Scientific memoirs by medical officers of the Army of India - Part XII,
Year: 1901
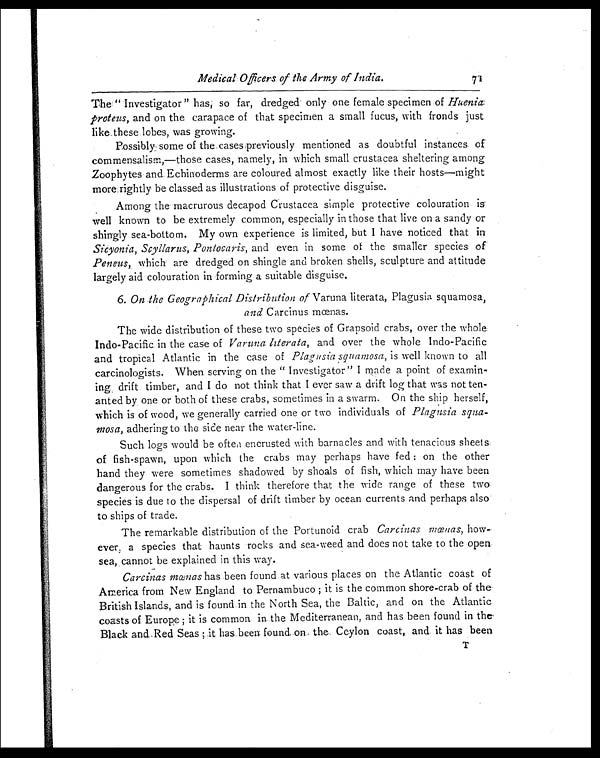
Medical Officers of the Army of India. 7 1
The "Investigator" has, so far, dredged only one female specimen of Huenia
proteus, and on the carapace of that specimen a small fucus, with fronds just
like these lobes, was growing.
Possibly some of the cases previously mentioned as doubtful instances of
commensalism,—those cases, namely, in which small crustacea sheltering among
Zoophytes and Echinoderms are coloured almost exactly like their hosts—might
more rightly be classed as illustrations of protective disguise.
Among the macrurous decapod Crustacea simple protective colouration is
well known to be extremely common, especially in those that live on a sandy or
shingly sea-bottom. My own experience is limited, but I have noticed that in
Sicyonia, Scyllarus, Pontocaris, and even in some of the smaller species of
Peneus, which are dredged on shingle and broken shells, sculpture and attitude
largely aid colouration in forming a suitable disguise.
6. On the Geographical Distribution of Varuna literata, Plagusia squamosa,
and Carcinus mœnas.
The wide distribution of these two species of Grapsoid crabs, over the whole
Indo-Pacific in the case of Varuna literata, and over the whole Indo-Pacific
and tropical Atlantic in the case of Plagusia squamosa, is well known to all
carcinologists. When serving on the "Investigator" I made a point of examin-
ing drift timber, and I do not think that I ever saw a drift log that was not ten-
anted by one or both of these crabs, sometimes in a swarm. On the ship herself,
which is of wood, we generally carried one or two individuals of Plagusia squa-
mosa, adhering to the side near the water-line.
Such logs would be often encrusted with barnacles and with tenacious sheets
of fish-spawn, upon which the crabs may perhaps have fed: on the other
hand they were sometimes shadowed by shoals of fish, which may have been
dangerous for the crabs. I think therefore that the wide range of these two
species is due to the dispersal of drift timber by ocean currents and perhaps also
to ships of trade.
The remarkable distribution of the Portunoid crab Carcinas mœnas, how-
ever, a species that haunts rocks and sea-weed and does not take to the open
sea, cannot be explained in this way.
Carcinas mœnas has been found at various places on the Atlantic coast of
America from New England to Pernambuco ; it is the common shore-crab of the
British Islands, and is found in the North Sea, the Baltic, and on the Atlantic
coasts of Europe ; it is common in the Mediterranean, and has been found in the
Black and Red Seas ; it has been found on the Ceylon coast, and it has been
T